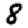
Digit: 8